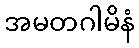
အမတဂါမိနံ